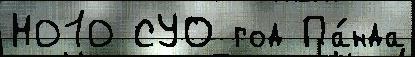
Н010 СУО год Па́нда